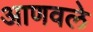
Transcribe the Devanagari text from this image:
आणवले